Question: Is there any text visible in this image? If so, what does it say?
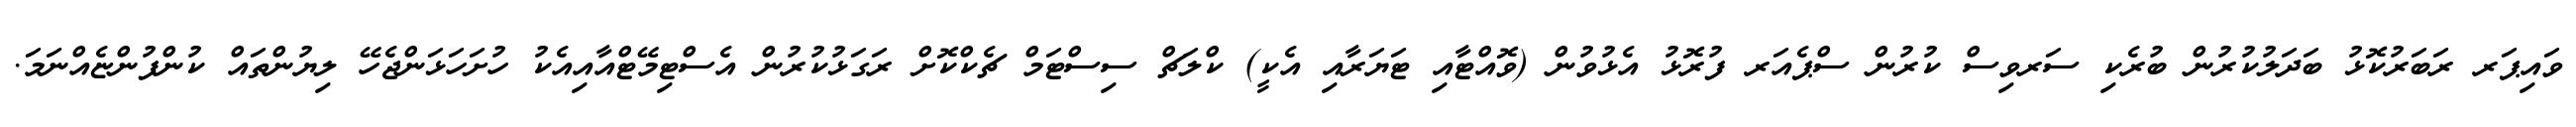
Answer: ވައިޕަރ ރަބަރުކޮޅު ބަދަލުކުރުން ބުރެކި ސަރވިސް ކުރުން ސްޕެއަރ ފުރޮޅު އެޅުވުން (ވޮއްޓާއި ޓަޔަރާއި އެކީ) ކްލަޗް ސިސްޓަމް ޗެކްކޮށް ރަގަޅުކުރުން އެސްޓިމޭޓްއާއިއެކު ހުށަހަޅަންޖެހޭ ލިޔުންތައް ކުންފުންޏެއްނަމަ.